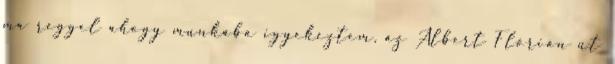
ma reggel ahogy munkába igyekeztem, az Albert Flórián út